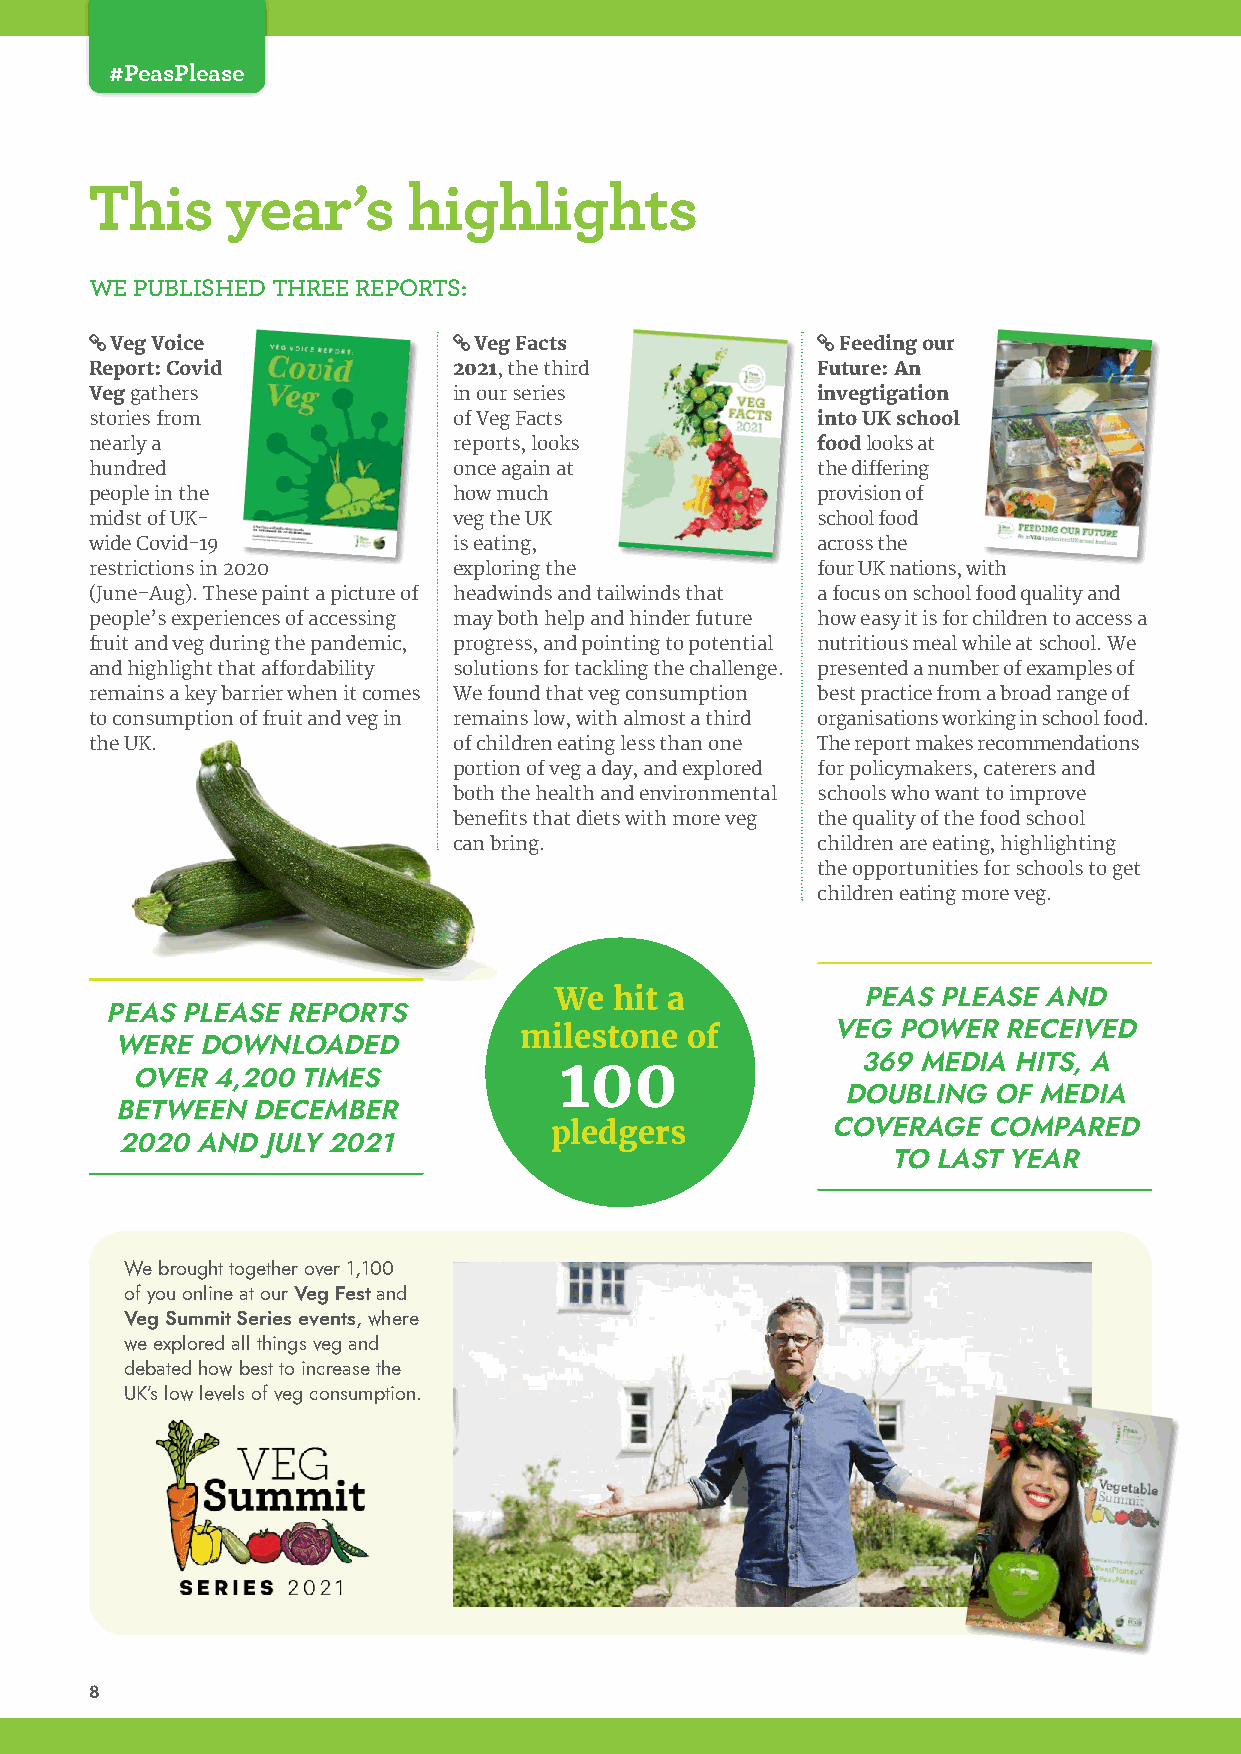
#PeasPlease
 This     year’s      highlights
 WE PUBLISHED THREE REPORTS:
 Veg Voice              Veg Facts              Feeding our
 Report: Covid           2021, the third         Future: An
 Veg gathers             in our series           invegtigation
 stories from            of Veg Facts            into UK school
 nearly a                reports, looks          food looks at
 hundred                 once again at           the differing
 people in the           how much                provision of
 midst of UK-            veg the UK              school food
 wide Covid-19           is eating,              across the
 restrictions in 2020    exploring the           four UK nations, with
 (June–Aug). These paint a picture of headwinds and tailwinds that a focus on school food quality and
 people’s experiences of accessing may both help and hinder future how easy it is for children to access a
 fruit and veg during the pandemic, progress, and pointing to potential nutritious meal while at school. We
 and highlight that affordability solutions for tackling the challenge. presented a number of examples of
 remains a key barrier when it comes We found that veg consumption best practice from a broad range of
 to consumption of fruit and veg in remains low, with almost a third organisations working in school food.
 the UK.                 of children eating less than one The report makes recommendations
 portion of veg a day, and explored for policymakers, caterers and
 both the health and environmental schools who want to improve
 benefits that diets with more veg the quality of the food school
 can bring.              children are eating, highlighting
 the opportunities for schools to get
 children eating more veg.
 We  hit a           PEAS PLEASE AND
 PEAS PLEASE REPORTS
 milestone  of        VEG POWER  RECEIVED
 WERE  DOWNLOADED
 100                 369 MEDIA HITS, A
 OVER 4,200 TIMES
 DOUBLING  OF MEDIA
 BETWEEN  DECEMBER
 pledgers           COVERAGE  COMPARED
 2020 AND JULY 2021
 TO LAST YEAR
 We brought together over 1,100
 of you online at our Veg Fest and
 Veg Summit Series events, where
 we explored all things veg and
 debated how best to increase the
 UK’s low levels of veg consumption.
 8